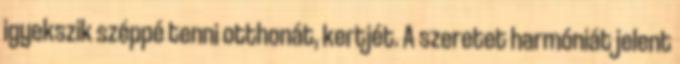
igyekszik széppé tenni otthonát, kertjét. A szeretet harmóniát jelent